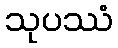
သုပဿံ